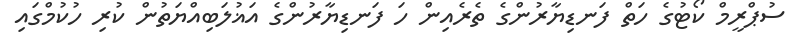
ސުޕްރީމް ކޯޓުގެ ހަތް ފަނޑިޔާރުންގެ ތެރެއިން ހަ ފަނޑިޔާރުންގެ އަޣުލަބިއްޔަތުން ކުރި ހުކުމްގައި